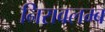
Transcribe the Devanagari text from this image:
निरावलम्ब